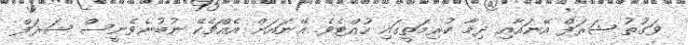
ވަގުތު ޝަރަފް އޭނައާއި ދިމާ ކުރިމަތީގައި ހުއްޓެވެ. އޭނައަށް އެއްޗެކޭ ނުބުނެވެނީސް ޝަރަފް